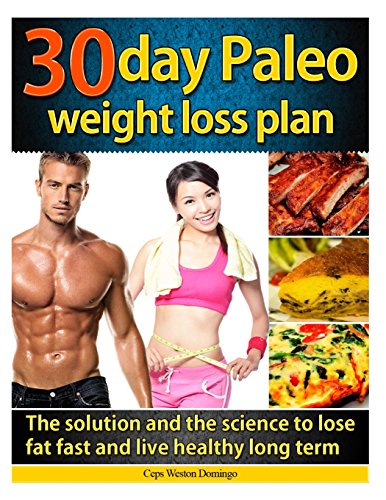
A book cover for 30 day Paleo weight loss plan: The solution and the science to lose fat fast and live healthy long term; Ceps Weston Domingo; Health, Fitness & Dieting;